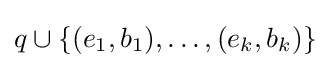
q\cup \{(e_{1},b_{1}),\ldots ,(e_{k},b_{k})\}